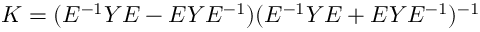
K = ( E ^ { - 1 } Y E - E Y E ^ { - 1 } ) ( E ^ { - 1 } Y E + E Y E ^ { - 1 } ) ^ { - 1 }